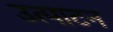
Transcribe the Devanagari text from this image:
उत्पाटन